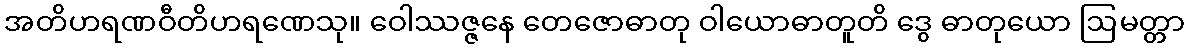
အတိဟရဏဝီတိဟရဏေသု။ ဝေါဿဇ္ဇနေ တေဇောဓာတု ဝါယောဓာတူတိ ဒွေ ဓာတုယော ဩမတ္တာ